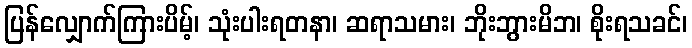
ပြန်လျှောက်ကြားပိမ့်၊ သုံးပါးရတနာ၊ ဆရာသမား၊ ဘိုးဘွားမိဘ၊ စိုးရသခင်၊